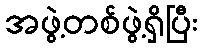
အဖွဲ့တစ်ဖွဲ့ရှိပြီး